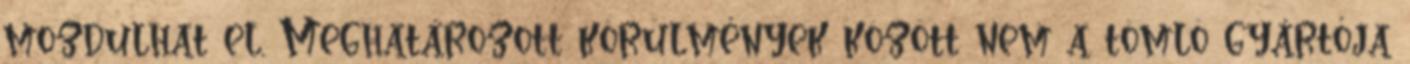
mozdulhat el. Meghatározott körülmények között nem a tömlõ gyártója